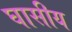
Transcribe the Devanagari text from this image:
घासीय